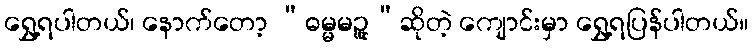
ရွှေ့ရပါတယ်၊ နောက်တော့ “ဓမ္မမဉ္ဇူ”ဆိုတဲ့ ကျောင်းမှာ ရွှေ့ရပြန်ပါတယ်။